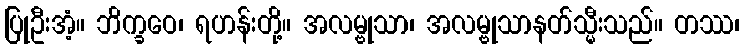
ပြုဦးအံ့။ ဘိက္ခဝေ၊ ရဟန်းတို့။ အလမ္ဗုသာ၊ အလမ္ဗုသာနတ်သ္မီးသည်။ တဿ၊